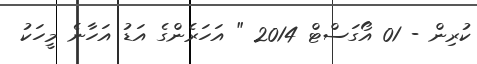
ކުރިން - 01 އޯގަސްޓް 2014 " އަހަރެންގެ އަޑު އަހާނެ މީހަކު